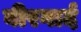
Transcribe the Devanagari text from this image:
बीरगार्द